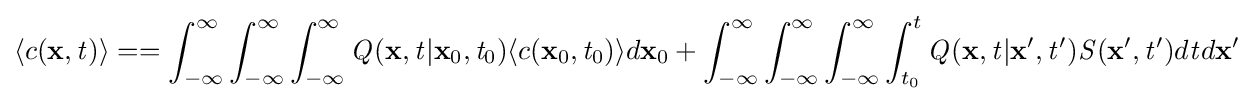
\langle c(\mathbf {x} ,{\mathit {t}})\rangle ==\int _{-\infty }^{\infty }\int _{-\infty }^{\infty }\int _{-\infty }^{\infty }{\mathit {Q}}(\mathbf {x} ,{\mathit {t}}|\mathbf {x} _{0},{\mathit {t}}_{0})\langle c(\mathbf {x} _{0},{\mathit {t}}_{0})\rangle d\mathbf {x} _{0}+\int _{-\infty }^{\infty }\int _{-\infty }^{\infty }\int _{-\infty }^{\infty }\int _{t_{0}}^{t}{\mathit {Q}}(\mathbf {x} ,{\mathit {t}}|\mathbf {x} ',{\mathit {t}}'){\mathit {S}}(\mathbf {x} ',{\mathit {t}}')d{\mathit {t}}d\mathbf {x} '